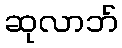
ဆုလာဘ်